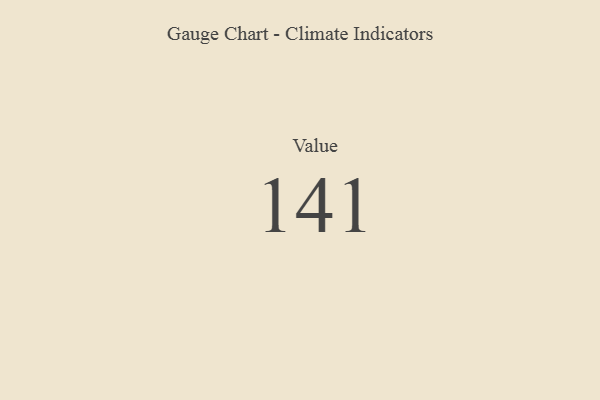
{"axis": {"x": "Metric", "y": "Value"}, "legend": [""], "data": [{"x": "Value", "y": 141, "type": ""}]}